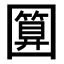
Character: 𭍵